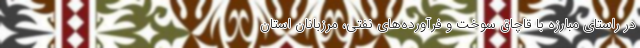
در راستای مبارزه با قاچاق سوخت و فرآورده‌های نفتی، مرزبانان استان